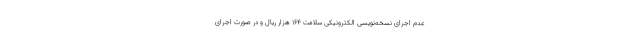
عدم اجرای نسخه‌نویسی الکترونیکی سلامت ۱۶۴ هزار ریال و در صورت اجرای